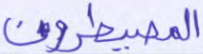
المصيطرون